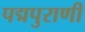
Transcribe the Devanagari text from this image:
पद्मपुराणी